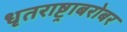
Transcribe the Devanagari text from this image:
धृतराष्ट्राबरोबर